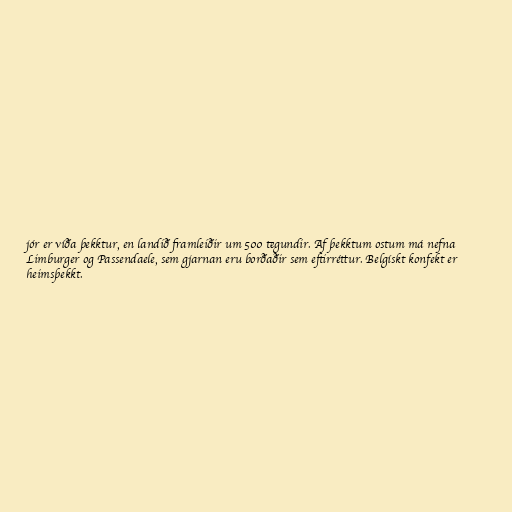
jór er víða þekktur, en landið framleiðir um 500 tegundir. Af þekktum ostum má nefna
Limburger og Passendaele, sem gjarnan eru borðaðir sem eftirréttur. Belgískt konfekt er
heimsþekkt.